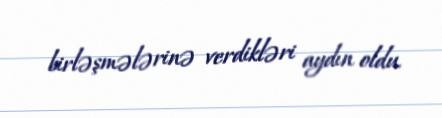
birləşmələrinə verdikləri aydın oldu.